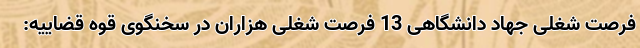
فرصت شغلی جهاد دانشگاهی 13 فرصت شغلی هزاران در سخنگوی قوه قضاییه: